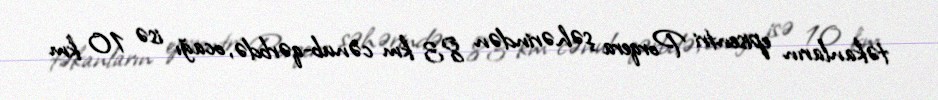
təkanların episentri Porqera şəhərindən 83 km cənub-qərbdə, ocağı isə 10 km